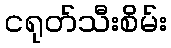
ငရုတ်သီးစိမ်း